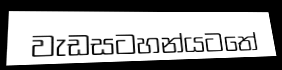
වැඩසටහන්යටතේ